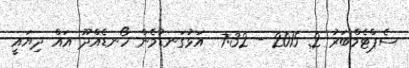
ސެޕްޓެމްބަރު 2